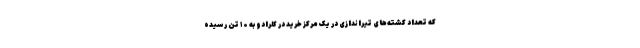
که تعداد کشته‌های تیراندازی در یک مرکز خرید در کلرادو به ۱۰ تن رسیده